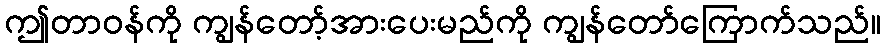
ဤတာဝန်ကို ကျွန်တော့်အားပေးမည်ကို ကျွန်တော်ကြောက်သည်။